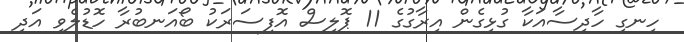
ހިނގި ހާދިސާއަކާ ގުޅިގެން އިރާގުގެ 11 ޕޮލިސް އޮފިސަރަކު ބޯއަނބުރާ ހޮޑުލެވި އަދި